Annual administration and progress report of the Indian Medical Department, Bombay
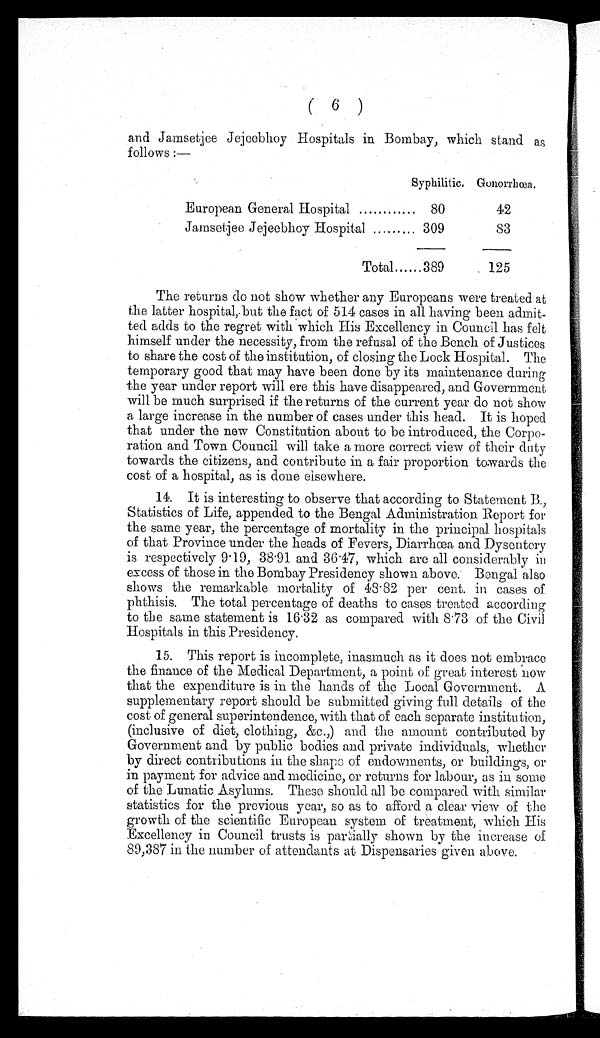
( 6 )
and Jamsetjee Jejeebhoy Hospitals in Bombay, which stand as
follows :—
Syphilitic. Gonorrhœa.
European General Hospital
80
42
Jamsetjee Jejeebhoy Hospital
309
83
Total
389
1 2 5
The returns do not show whether any Europeans were treated at
the latter hospital,. but the fact of 514 cases in all having been admit-
ted adds to the regret with which His Excellency in Council has felt
himself under the necessity, from the refusal of the Bench of Justices
to share the cost of the institution, of closing the Lock Hospital. The
temporary good that may have been done by its maintenance during
the year under report will ere this have disappeared, and Government
will be much surprised if the returns of the current year do not show
a large increase in the number of cases under this head. It is hoped
that under the new Constitution about to be introduced, the Corpo-
ration and Town Council will. take a more correct view of their duty
towards the citizens, and contribute in a fair proportion towards the
cost of a hospital, as is done elsewhere.
14. It is interesting to observe that according to Statement B.,
Statistics of Life, appended to the Bengal Administration Report for
the same year, the percentage of mortality in the principal hospitals
of that Province under the heads of Fevers, Diarrhœa and Dysentery
is respectively 9.19, 38.91 and 36.47, which are all considerably in
excess of those in the Bombay Presidency shown above. Bengal also
shows the remarkable mortality of 48.82 per cent. in cases of
phthisis. The total percentage of deaths to cases treated according
to the same statement is 16.32 as compared with 8.73 of the Civil
Hospitals in this Presidency.
15. This report is incomplete, inasmuch as it does not embrace
the finance of the Medical Department, a point of great interest now
that the expenditure is in the hands of the Local Government. A
supplementary report should be submitted giving full details of the
cost of general superintendence, with that of each separate institution,
(inclusive of diet, clothing, &c.,) and the amount contributed by
Government and by public bodies and private individuals, whether
by direct contributions in the shape of endowments, or buildings, or
in payment for advice and medicine, or returns for labour, as in some
of the Lunatic Asylums. These should all be compared with similar
statistics for the previous year, so as to afford a clear view of the
growth of the scientific European system of treatment, which His
Excellency in Council trusts is martially shown by the increase of
89,387 in the number of attendants at Dispensaries given above.